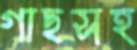
গাছসহ